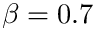
\beta = 0 . 7